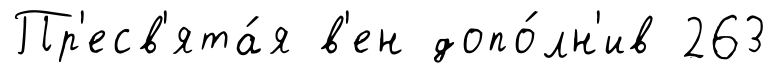
Пр'есв'ята́я в'ен допо́лн'ив 263